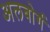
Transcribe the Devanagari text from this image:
अलबोर्ग